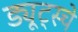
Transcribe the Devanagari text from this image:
ड्यूट्स्चे